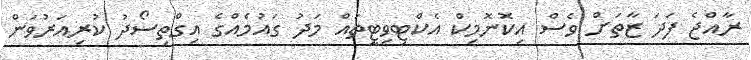
ރާއްޖެ ފަދަ ޒާތަށް ވެސް އިކޮނޮމިކް އެކްޓިވިޓީތައް މަދު ގައުމެއްގެ އިގްތިސޯދު ކުރިއަރުވަން